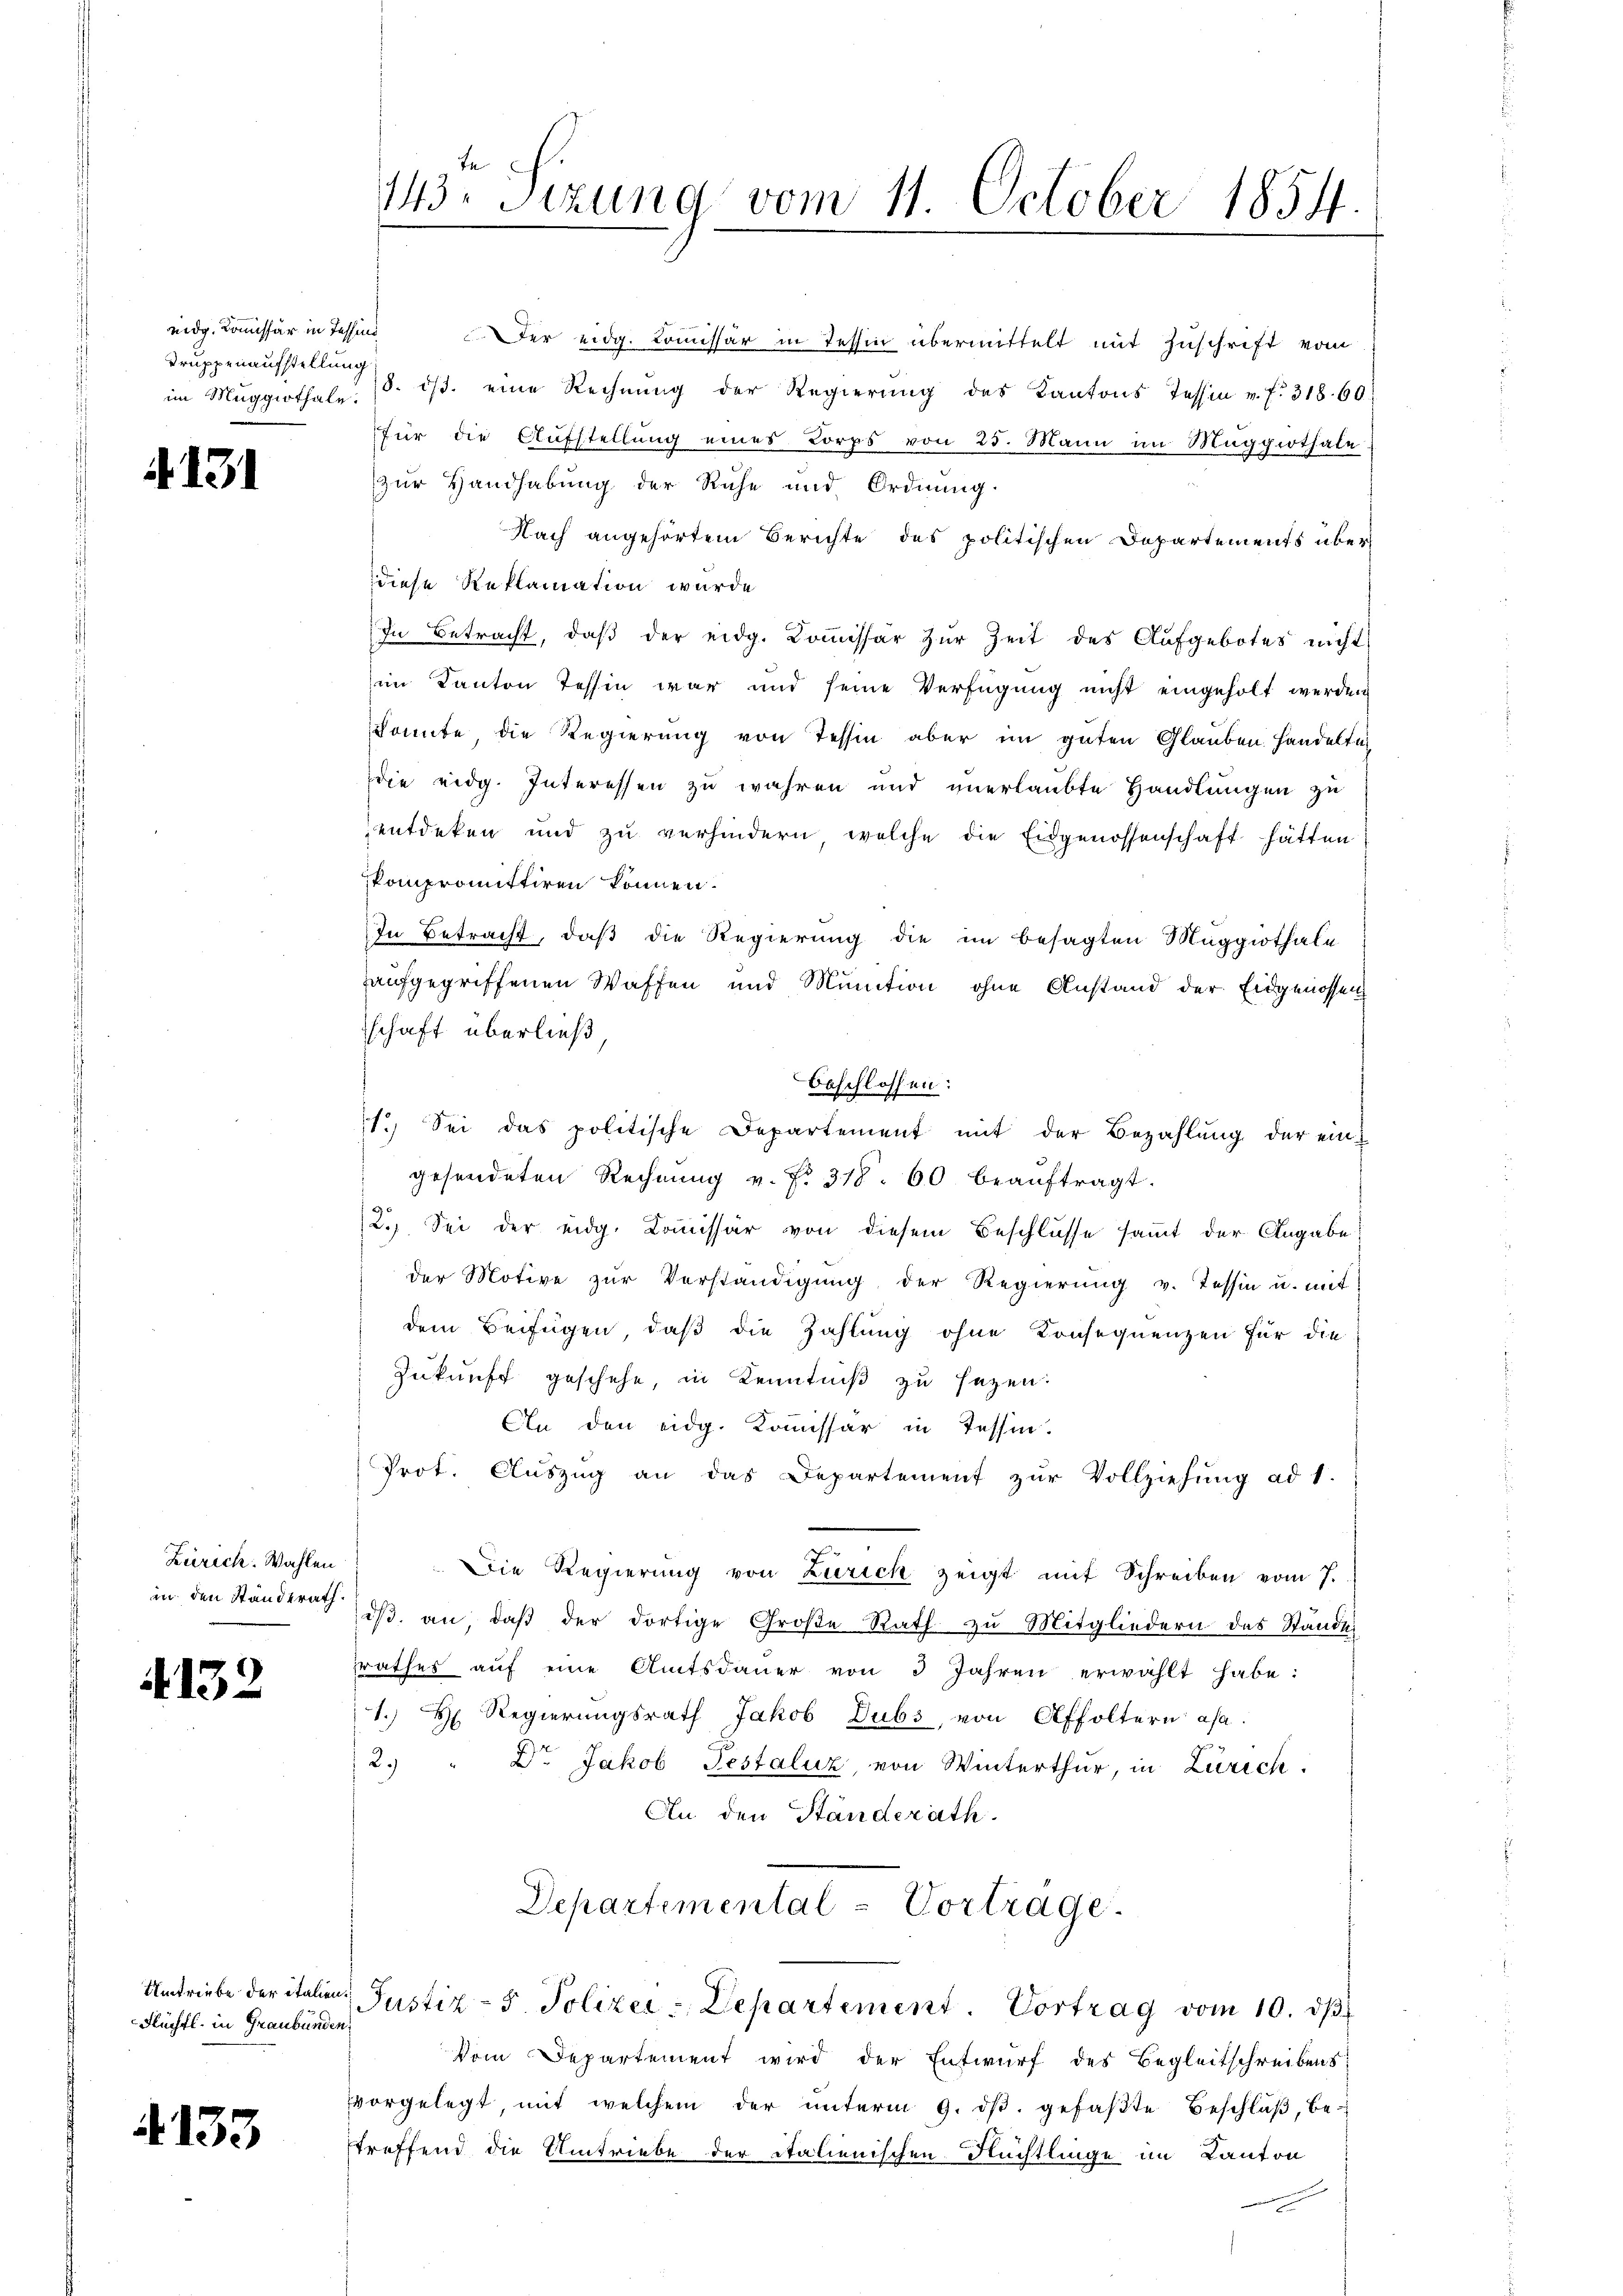
nidg. Kommissär in Tessind,
Truppenaufstellung
im Muggithale.

4131

Zürich. Wahlen

4132

Umtriebe der italien
Flüchtl. in Graubünden,

4133

143. Sitzung vom 11. October 1854.

er eidg. Kommissär in Tessin übermittelt mit Zuschrift vom
8. ds. eine Rechnŭng der Regierŭng des Kantons Tessin u. f. 318. 60
für die Aufstellung eines Korps von 25. Mann im Maggiothale
zur Handhabung der Ruhe und Ordnung.
Nach angehörtem Berichte des politischen Departements über
diese Reklamation wurde
In Betracht, daβ der eidg. Koṁissar zŭr Zeit des Aufgebotes nicht
im Kanton Tessin war und seine Verfügung nicht eingeholt werden
konnte die Regierung von Tessin aber im guten Glauben handelti
die eidg. Interessen zu wahren und unerlaubte Handlungen zu
entdeken und zu verhindern, welche die Eidgenossenschaft hätten
kompromittiren können.
In Betracht, daß die Regierung die im besagten Maggiothale
aufgegriffenen Waffen und Munition ohne Anstand der Eidgenossen
schaft überließ
beschlossen:
1.) Sei das politische Departement mit der Bezahlŭng der eingesendeten Rechnŭng v. fr. 318. 60 beaŭftragt.
2.) Sei der eidg. Kommissär von diesem Beschlüsse sammt der Angabe
der Motive zur Verständigung der Regierung v. Tessin u. mit
dem Beifügen, daß die Zahlung ohne Konsequenzen für die
Zukunft geschehe, in Kenntniß zu sezen.
An den eidg. Kommissär in Tessin.
Prot. Aŭszŭg an das Departement zŭr Vollziehŭng ad 1.
v
Die Regierung von Zürich zeigt mit Schreiben vom 7.
in den Ständerath dβ an, daβ der dortige Große Rath zŭ Mitgliedern des Standes
rathes aŭf eine Amtsdaŭer von 3 Jahren erwählt habe:
1.) Regierungsrath Jakob Dubs, von Affoltern asa
2. " Dr. Jakob Festaluz, von Winterthur, in Zürich.
An den Standerath.
Departemental-Vortrage.
Justiz- 5. Polizei-Departement. Vortrag vom 10. dβ
Vom Departement wird der Entwurf des Begleitschreibens
vorgelegt, mit welchem der ŭnterm 9. dβ. gefaβte Beschlŭβ, be-
treffend die Umtriebe der italienischen Flüchtlinge im Kanton